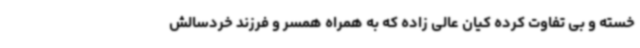
خسته و بی تفاوت کرده کیان عالی زاده که به همراه همسر و فرزند خردسالش